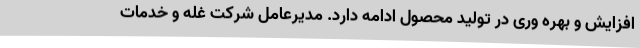
افزایش و بهره وری در تولید محصول ادامه دارد. مدیرعامل شرکت غله و خدمات